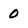
Character: 0